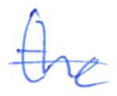
Text: the
Cross-out: single-line
Writing tool: ballpoint